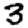
Digit: 3